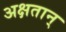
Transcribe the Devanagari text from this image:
अक्षतान्